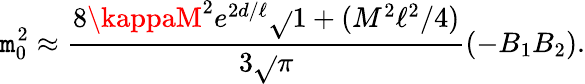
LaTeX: \mathtt{m}_{0}^{2}\approx{\frac{{8\kappaM^{2}e^{2d/\ell}\sqrt{}{{1+(M^{2}\ell^{2}/4)}}}}{{3\sqrt{}{{\pi}}}}}(-B_{1}B_{2}).